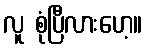
လူ စုံပြီလားဟေ့။